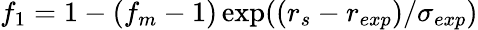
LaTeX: f_{1}=1-(f_{m}-1)\exp((r_{s}-r_{exp})/\sigma_{exp})